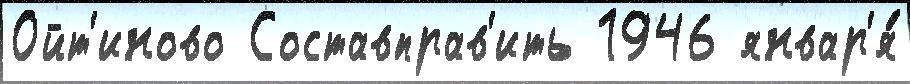
Ойт'иново Составправ'ить 1946 январ'я́